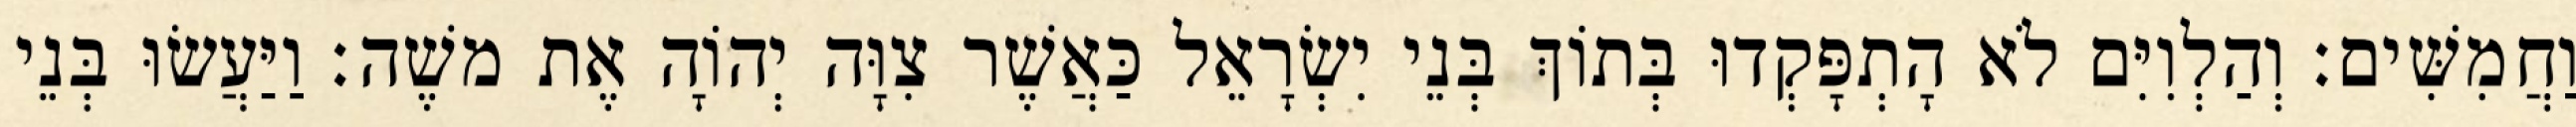
וַחֲמִשִּׁים׃ וְהַלְוִיִּם לֹא הָתְפָּקְדוּ בְּתוֹךְ בְּנֵי יִשְׂרָאֵל כַּאֲשֶׁר צִוָּה יְהוָֹה אֶת משֶׁה׃ וַיַּעֲשׂוּ בְּנֵי